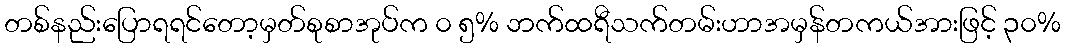
တစ်နည်းပြောရရင်တော့မှတ်စုစာအုပ်က ၀ ၅% ဘက်ထရီသက်တမ်းဟာအမှန်တကယ်အားဖြင့် ၃၀%